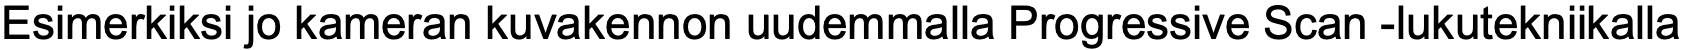
Esimerkiksi jo kameran kuvakennon uudemmalla Progressive Scan -lukutekniikalla